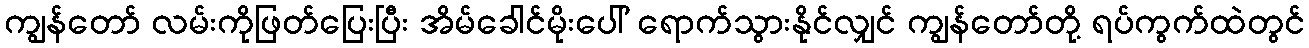
ကျွန်တော် လမ်းကိုဖြတ်ပြေးပြီး အိမ်ခေါင်မိုးပေါ် ရောက်သွားနိုင်လျှင် ကျွန်တော်တို့ ရပ်ကွက်ထဲတွင်